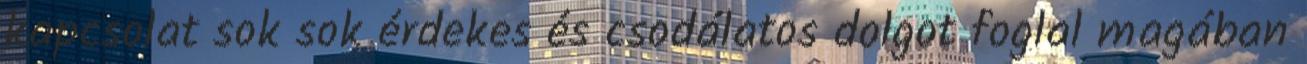
kapcsolat sok sok érdekes és csodálatos dolgot foglal magában